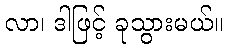
လာ၊ ဒါဖြင့် ခုသွားမယ်။